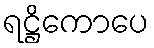
ရဋ္ဌိကောပေ